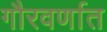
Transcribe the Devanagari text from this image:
गौरवर्णात